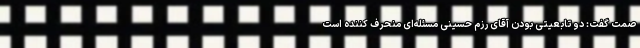
صمت گفت:‌ دو تابعیتی بودن آقای رزم حسینی مسئله‌ای منحرف کننده است